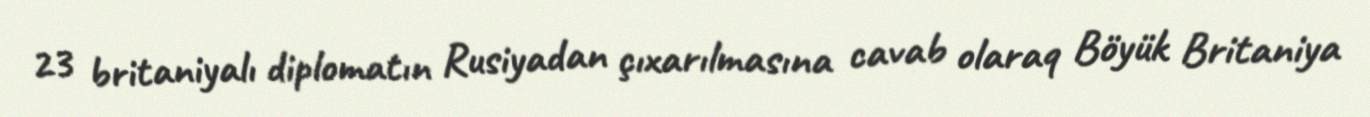
23 britaniyalı diplomatın Rusiyadan çıxarılmasına cavab olaraq Böyük Britaniya